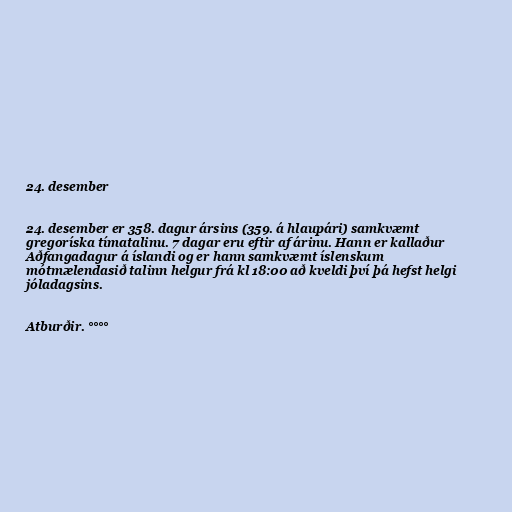
24. desember

24. desember er 358. dagur ársins (359. á hlaupári) samkvæmt
gregoríska tímatalinu. 7 dagar eru eftir af árinu. Hann er kallaður
Aðfangadagur á íslandi og er hann samkvæmt íslenskum
mótmælendasið talinn helgur frá kl 18:00 að kveldi því þá hefst helgi
jóladagsins.

Atburðir. °°°°